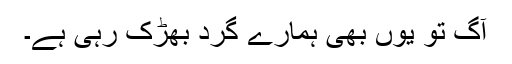
آگ تو یوں بھی ہمارے گرد بھڑک رہی ہے۔